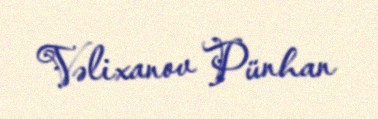
Vəlixanov Pünhan